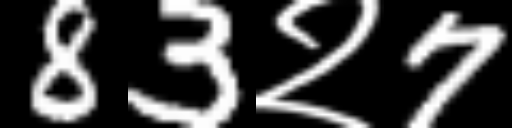
Text: 83२7